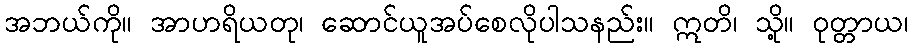
အဘယ်ကို။ အာဟရိယတု၊ ဆောင်ယူအပ်စေလိုပါသနည်း။ ဣတိ၊ သို့။ ဝုတ္တာယ၊